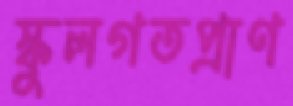
স্কুলগতপ্রাণ